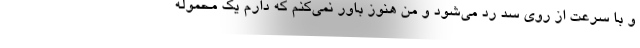
و با سرعت از روي سد رد مي‌شود و من هنوز باور نمي‌كنم كه دارم يك محموله